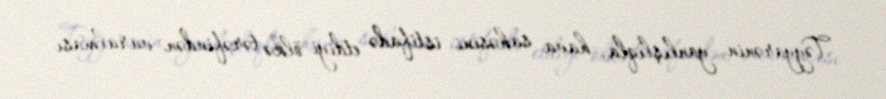
Təyyarənin yanlışlıqla, hava sahəsini istifadə etdiyi ölkə tərəfindən vurulması